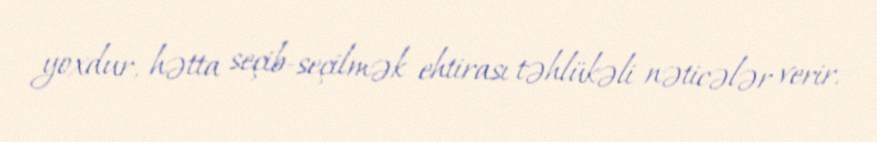
yoxdur, hətta seçib-seçilmək ehtirası təhlükəli nəticələr verir.